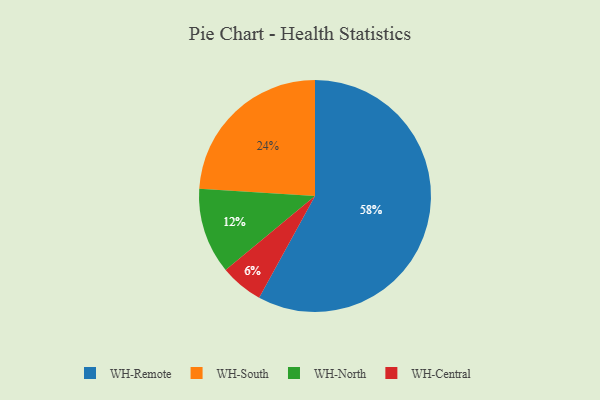
{"axis": {"x": "Category", "y": "Percentage"}, "legend": ["WH-Central", "WH-North", "WH-Remote", "WH-South"], "data": [{"x": "WH-Remote", "y": 58, "type": "WH-Remote"}, {"x": "WH-North", "y": 12, "type": "WH-North"}, {"x": "WH-South", "y": 24, "type": "WH-South"}, {"x": "WH-Central", "y": 6, "type": "WH-Central"}]}